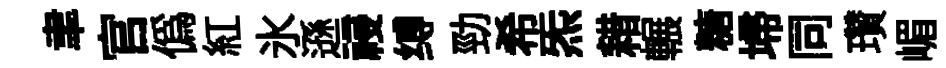
聿官僞紅氷遜祲缚勁希炁耤輾糖埽同瓚嵋